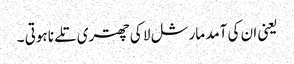
یعنی ان کی آمد مارشل لا کی چھتری تلے نا ہوتی ۔